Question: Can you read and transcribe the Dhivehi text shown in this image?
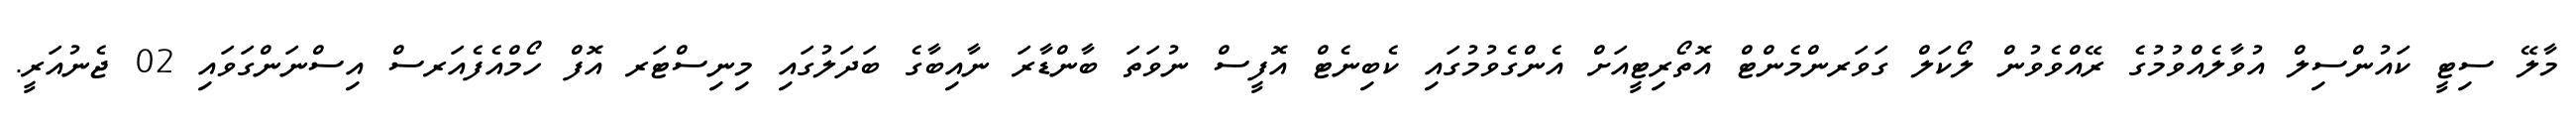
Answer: މާލޭ ސިޓީ ކައުންސިލް އުވާލެއްވުމުގެ ރޭއްވެވުން ލޯކަލް ގަވަރންމެންޓް އޮތޯރިޓީއަށް އެންގެވުމުގައި ކެބިނެޓް އޮފީސް ނުވަތަ ބާންޑާރަ ނާއިބާގެ ބަދަލުގައި މިނިސްޓަރ އޮފް ހޯމްއެފެއަރސް އިސްނަންގަވައި 02 ޖެނުއަރީ.